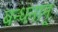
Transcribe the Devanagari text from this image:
बन्‍धनान्